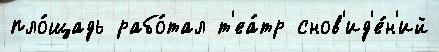
пло́щадь рабо́тал т'еа́тр снов'ид'е́н'ий